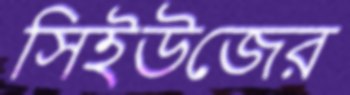
সিইউজের